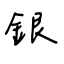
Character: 銀